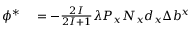
\begin{array} { r l } { \phi ^ { * } } & { { } = - { \frac { 2 I } { 2 I + 1 } } \lambda P _ { x } N _ { x } d _ { x } { \Delta b ^ { x } } } \end{array}